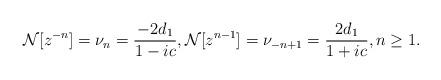
LaTeX: \begin{align*} \mathcal{N}[z^{-n}] = \nu_n = \frac{-2d_1}{1-ic}, \mathcal{N}[z^{n-1}] = \nu_{-n+1} = \frac{2d_1}{1+ic}, n \geq 1.\end{align*}